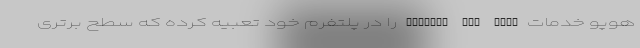
هوپو خدمات Service VIP Home را در پلتفرم خود تعبیه کرده که سطح برتری